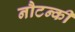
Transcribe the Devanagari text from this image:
नौटन्की